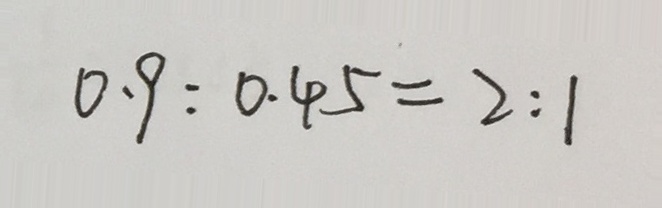
0 . 9 : 0 . 4 5 = 2 : 1